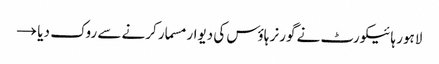
لاہور ہائیکورٹ نے گورنر ہاؤس کی دیوار مسمار کرنے سے روک دیا →